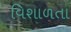
વિશાળતા